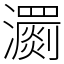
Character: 瀱